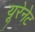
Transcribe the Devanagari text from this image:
यूरेनेट